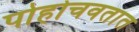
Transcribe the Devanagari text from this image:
पोहोचवतात